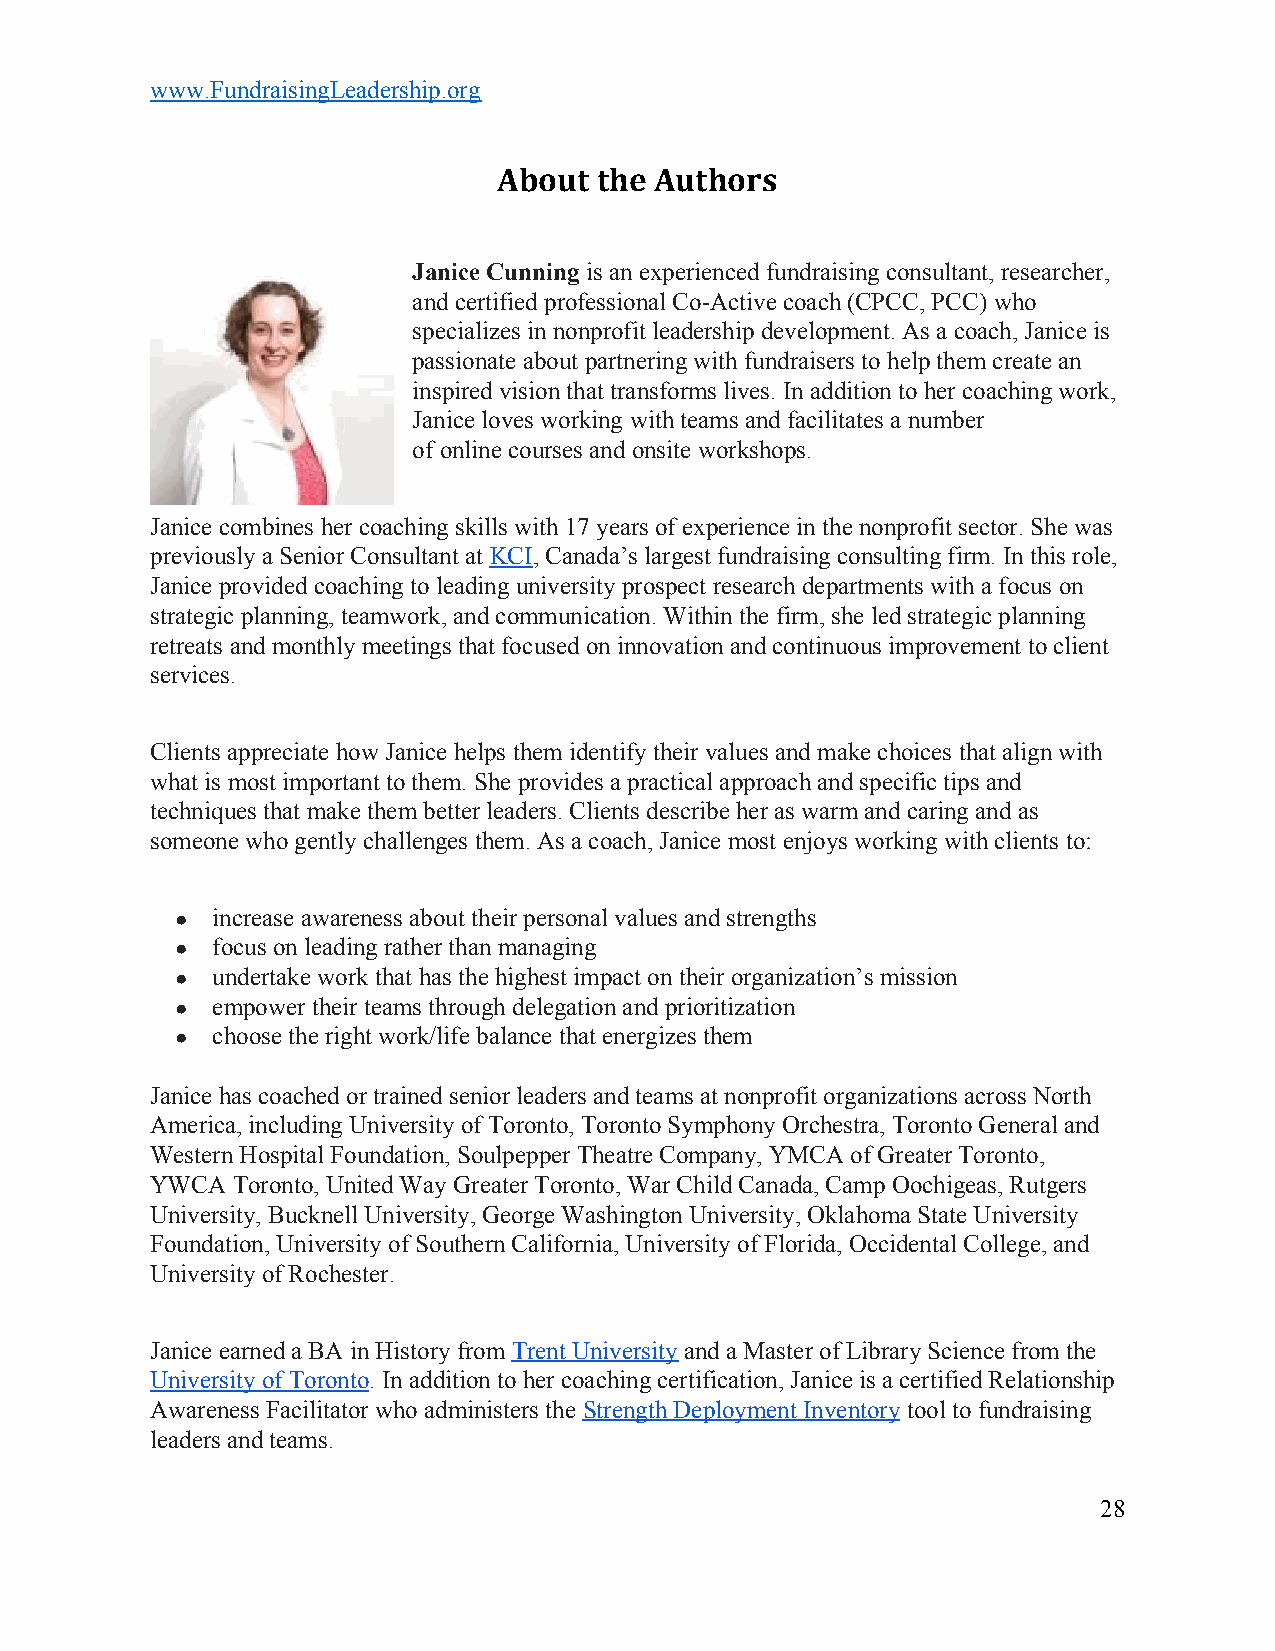
www.FundraisingLeadership.org
 About  the Authors
 Janice Cunning is an experienced fundraising consultant, researcher,
 ​
 and certified professional Co-Active coach (CPCC, PCC) who
 specializes in nonprofit leadership development. As a coach, Janice is
 passionate about partnering with fundraisers to help them create an
 inspired vision that transforms lives. In addition to her coaching work,
 Janice loves working with teams and facilitates a number
 of online courses and onsite workshops.
 Janice combines her coaching skills with 17 years of experience in the nonprofit sector. She was
 previously a Senior Consultant at KCI, Canada’s largest fundraising consulting firm. In this role,
 ​  ​
 Janice provided coaching to leading university prospect research departments with a focus on
 strategic planning, teamwork, and communication. Within the firm, she led strategic planning
 retreats and monthly meetings that focused on innovation and continuous improvement to client
 services.
 Clients appreciate how Janice helps them identify their values and make choices that align with
 what is most important to them. She provides a practical approach and specific tips and
 techniques that make them better leaders. Clients describe her as warm and caring and as
 someone who gently challenges them. As a coach, Janice most enjoys working with clients to:
 ● increase awareness about their personal values and strengths
 ● focus on leading rather than managing
 ● undertake work that has the highest impact on their organization’s mission
 ● empower their teams through delegation and prioritization
 ● choose the right work/life balance that energizes them
 Janice has coached or trained senior leaders and teams at nonprofit organizations across North
 America, including University of Toronto, Toronto Symphony Orchestra, Toronto General and
 Western Hospital Foundation, Soulpepper Theatre Company, YMCA of Greater Toronto,
 YWCA Toronto, United Way Greater Toronto, War Child Canada, Camp Oochigeas, Rutgers
 University, Bucknell University, George Washington University, Oklahoma State University
 Foundation, University of Southern California, University of Florida, Occidental College, and
 University of Rochester.
 Janice earned a BA in History from Trent University and a Master of Library Science from the
 ​          ​
 University of Toronto. In addition to her coaching certification, Janice is a certified Relationship
 ​
 Awareness Facilitator who administers the Strength Deployment Inventory tool to fundraising
 ​                    ​
 leaders and teams.
 28